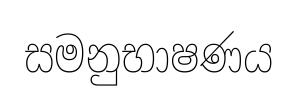
සමනුභාෂණය